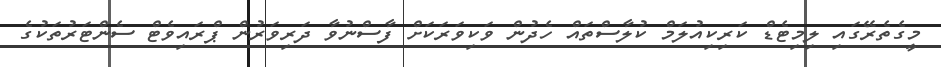
މީގެތެރޭގައި ލިމިޓެޑް ކަރިކިއުލަމް ކުލާސްތައް ހެދުން ވަކިވަރަކަށް ފާސްނުވާ ދަރިވަރުން ޕްރައިވެޓް ސެންޓަރުތަކުގެ